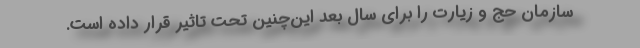
سازمان حج و زیارت را برای سال بعد این‌چنین تحت تاثیر قرار داده است.